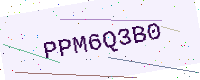
Text: PPM6Q3B0